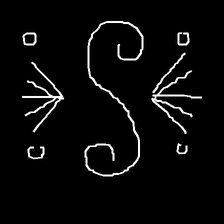
Glyph: aeroform